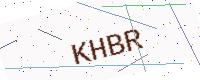
Text: KHBR